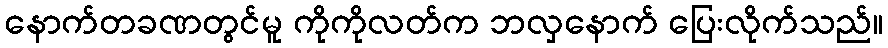
နောက်တခဏတွင်မူ ကိုကိုလတ်က ဘလှနောက် ပြေးလိုက်သည်။